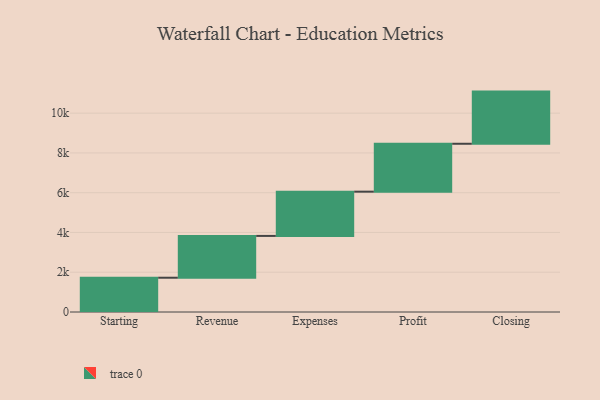
{"axis": {"x": "Step", "y": "Value"}, "legend": [""], "data": [{"x": "Starting", "y": 1724.0, "type": ""}, {"x": "Revenue", "y": 2102.0, "type": ""}, {"x": "Expenses", "y": 2226.0, "type": ""}, {"x": "Profit", "y": 2409.0, "type": ""}, {"x": "Closing", "y": 2623.0, "type": ""}]}